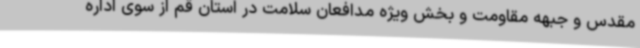
مقدس و جبهه مقاومت و بخش ویژه مدافعان سلامت در استان قم از سوی اداره